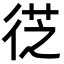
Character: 徔